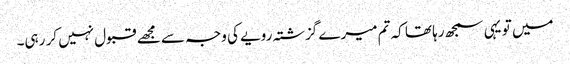
میں تو یہی سمجھ رہا تھا کہ تم میرے گزشتہ رویے کی وجہ سے مجھے قبول نہیں کر رہی۔